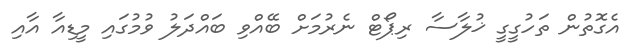
އެގޮތުން ތަހުގީގީ ޚުލާސާ ރިޕޯޓް ނެރުމަށް ބޭއްވި ބައްދަލު ވުމުގައި މީޑިއާ އާއި